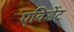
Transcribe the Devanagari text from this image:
एविडेंट